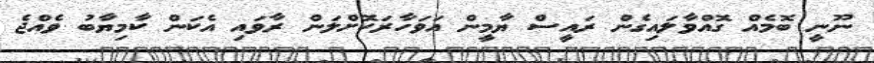
ނޫނީ ބޮމެއް ގޮއްވާލައިގެން ރައީސް ޔާމީން އަވަހާރަކޮށްލަން ރާވައި އެކަން ކާމިޔާބު ވެއްޖެ